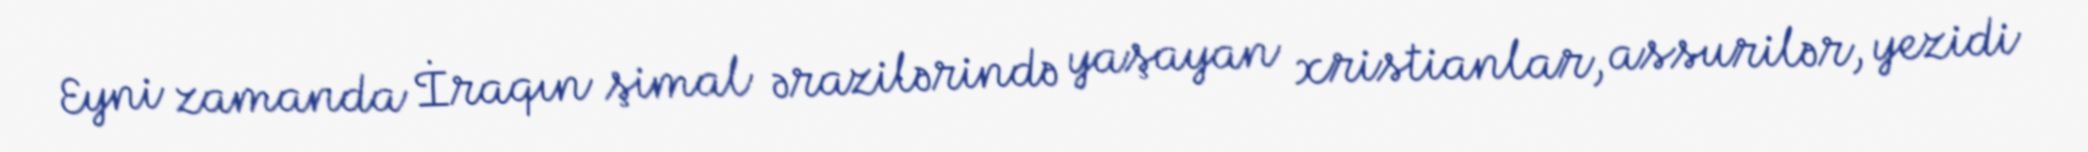
Eyni zamanda İraqın şimal ərazilərində yaşayan xristianlar, assurilər, yezidi